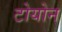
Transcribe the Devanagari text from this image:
टोयोन